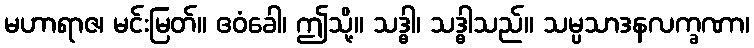
မဟာရာဇ၊ မင်းမြတ်။ ဧဝံခေါ၊ ဤသို့။ သဒ္ဓါ၊ သဒ္ဓါသည်။ သမ္ပသာဒနလက္ခဏာ၊